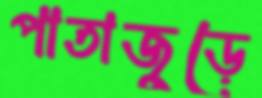
পাতাজুড়ে